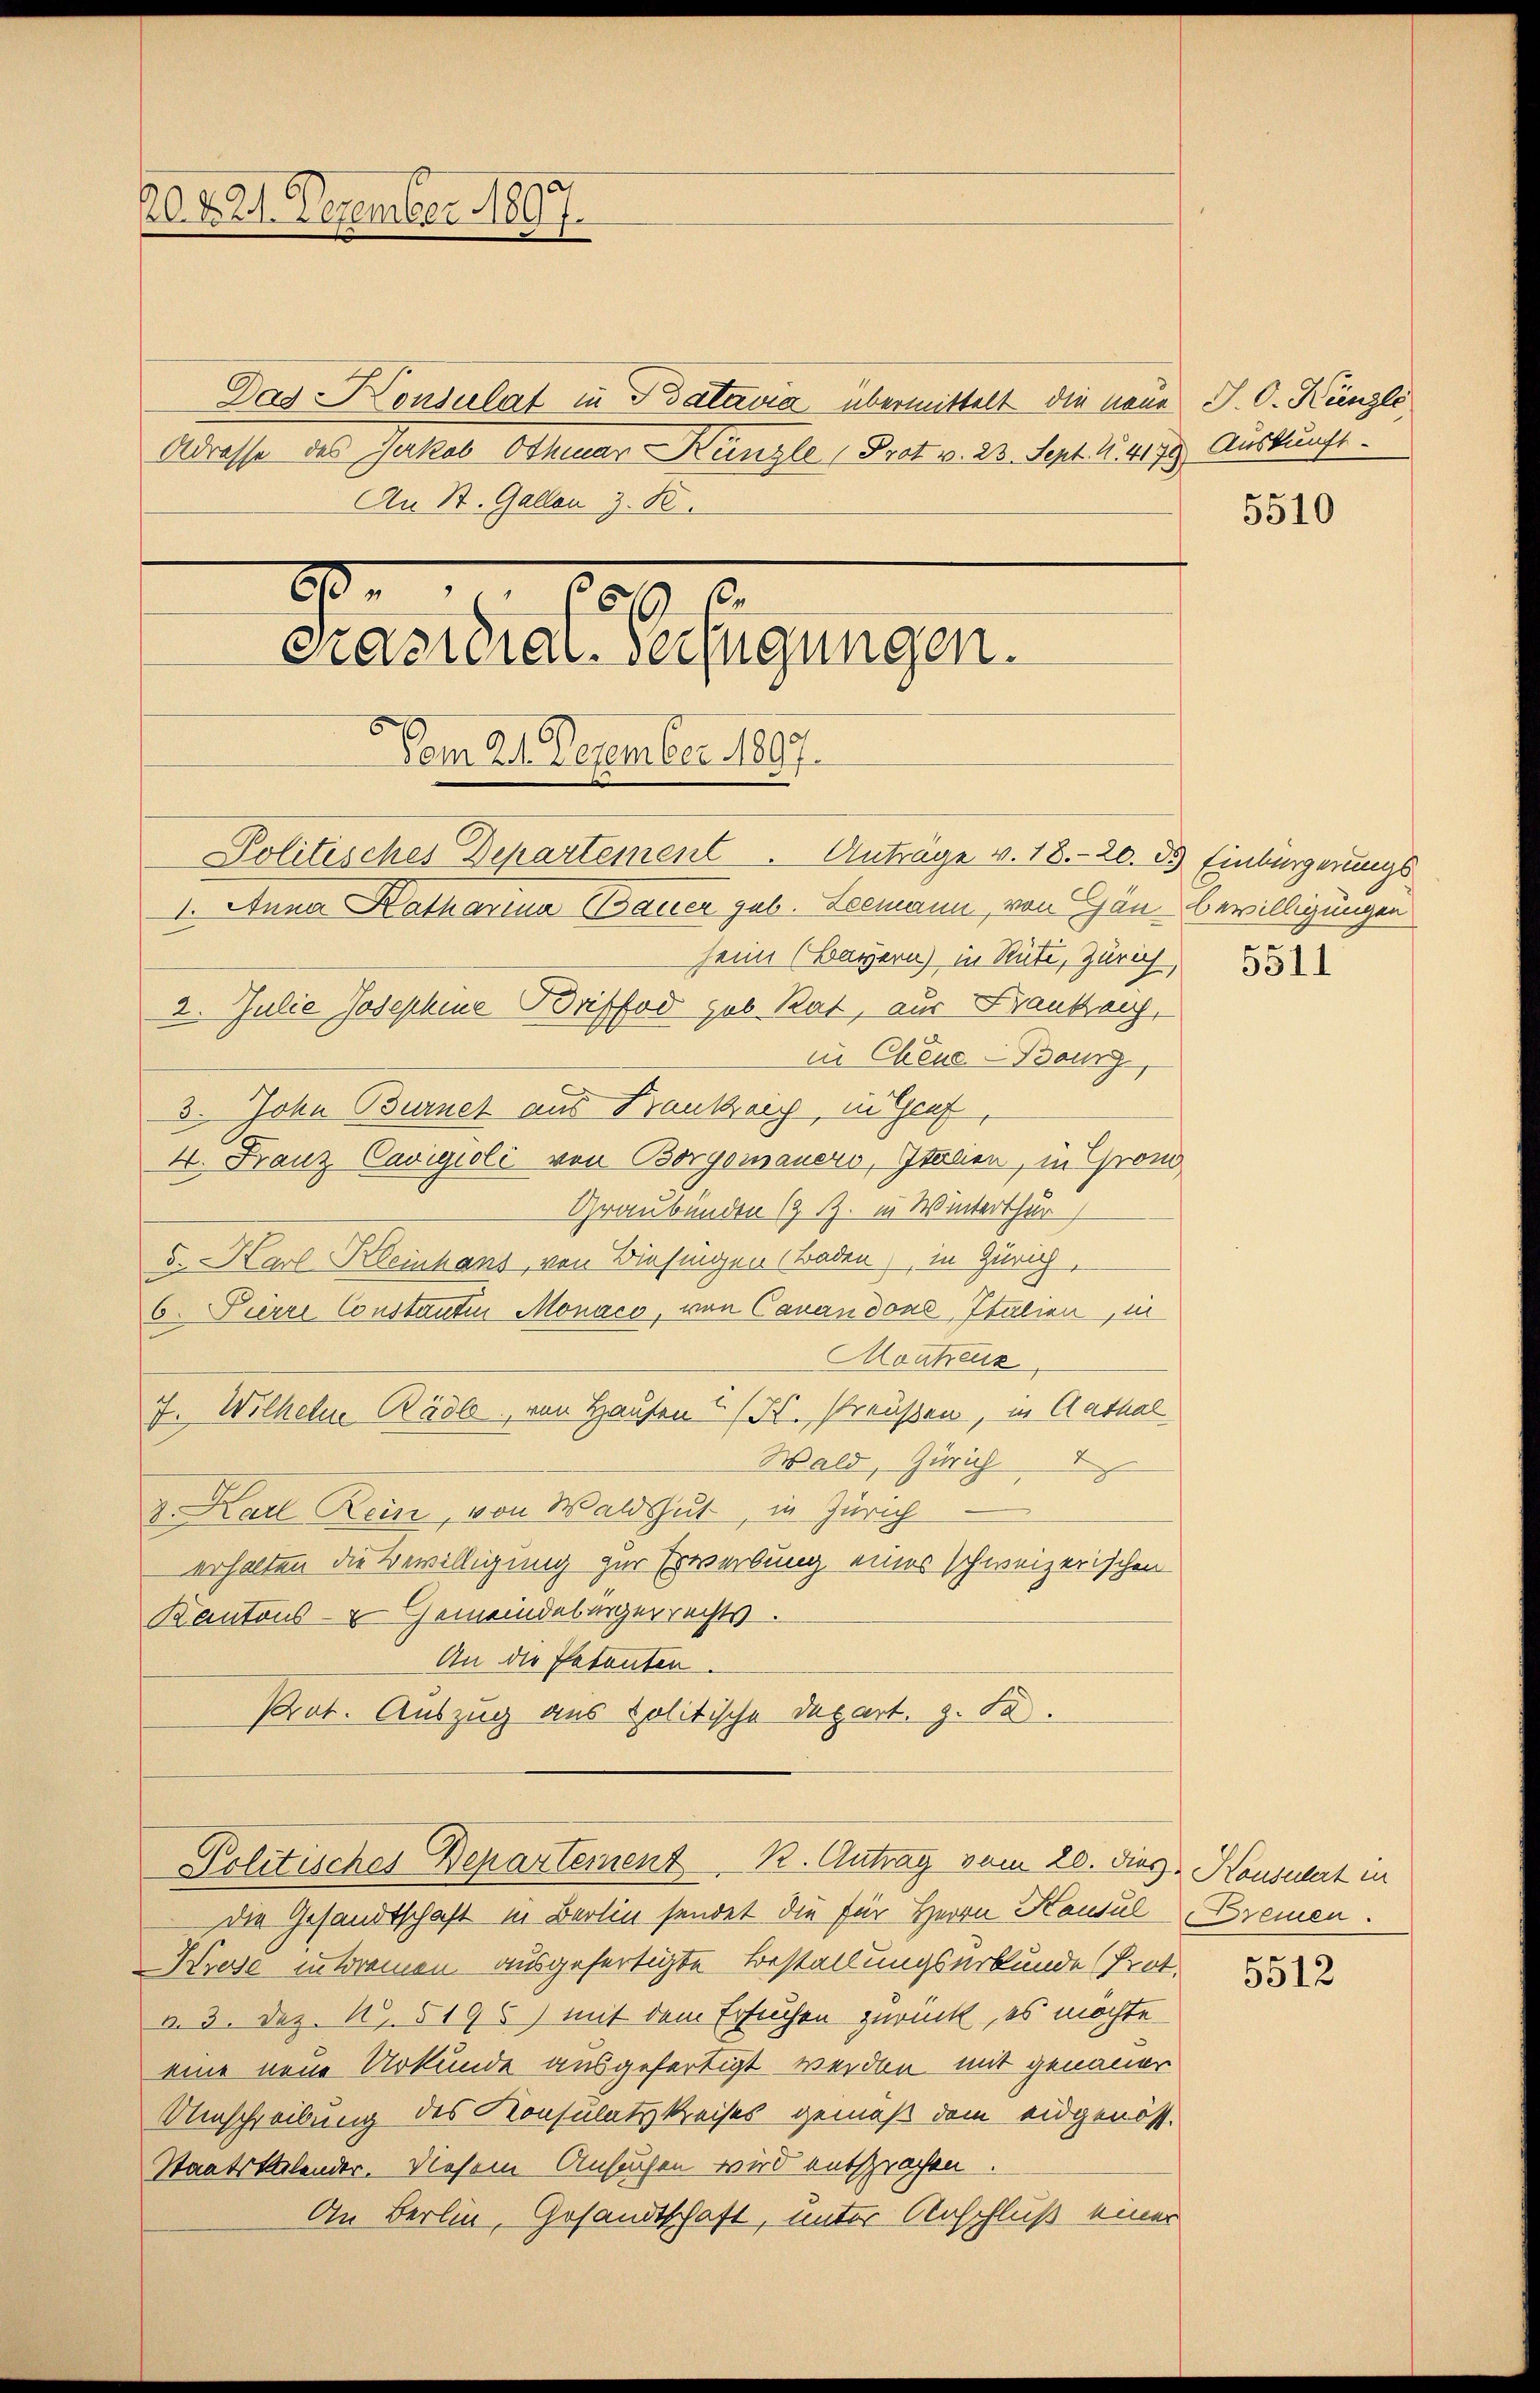
20 f 21. Dezember 1807.

20
6000.
Präsidial-Verfügungen.

Das Konsulat in Batavia übermittelt die neue J. C. Kienzli
Adresse des Jakob Othmar Künzle (Prot v. 23. Sept. N. 417. Auskunft.
An St. Gallen z. B.

Vom 21. Dezember 1897.

Politisches Departement K. Antrag vom 20. Diez. Konsulat in

Politisches Departement  .   Antrage v. 18. 20. 83. Einbürgerungs
1. Anna Katharina Mauer geb. Leemann, von Gän bewilligungen
seim (Bayern) in Rüti, Zürich
2. Julie Josephine Brieffod geb. Rat, aus Draukai,
in Cheue-Bourg
3. John Burner aus Kranka, in Genf
4. Franz Cavigioli von Borgomanero, Italien, in Grom
Graubünden (z. B. in Winterthur
5. Karl Keinhans, von Biesingen (Baden, in Zürich,
6 Pierre Constanten Monaco, von Cavandone Italien, in
Montreuk
7. Wilhelm Rädl, von Hausen (H. Preußen, in Aathal
Wald, Zürich
z. Karl Rein, von Waldshut, in Zürich
erhalten die Bewilligung zur Erwerbung eines schweizerischen
Kantons- Gemeindebürgerrechts.
An die Petenten.
Pat. Auszug aus politische Depart. 9. Fe

Die Gesandtschaft in Berlin sendet die für Herrn Hausul Bremen.
Kreye intremen ausgefertigte Bestallungsurkunde Prot.
n. 3. Dez. N. 5195) mit dem Ersuchen zurück, es möchte.
eine neue Urkunde ausgefertigt werden mit genauer
Umschreibung des Konsulatskreises gemäß dem eidgenoss
Staatskalender. Diesem Ansuchen wird entsprochen.
An Berlin, Gesandtschaft, unter Anschluß einer

5510

5511

5512